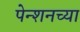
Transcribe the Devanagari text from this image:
पेन्शनच्या